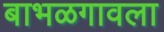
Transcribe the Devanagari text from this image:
बाभळगावला